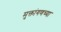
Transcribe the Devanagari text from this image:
मुक्तांगणच्या